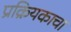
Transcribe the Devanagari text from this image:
प्रक्रियकाचा